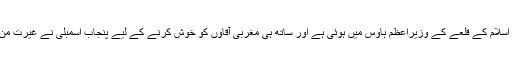
اور ظلم عظیم یہ ہوا ہے کہ شرمین کی اس فلم کی تقریب رونمائی اسلام کے قلعے کے وزیراعظم ہاؤس میں ہوئی ہے اور ساتھ ہی مغربی آقاؤں کو خوش کرنے کے لیے پنجاب اسمبلی نے غیرت من مردوں کو کڑے پہنانے کے لیے تحفظ نسواں کا قانون بنا لیا ہے۔